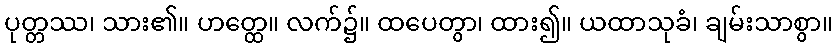
ပုတ္တဿ၊ သား၏။ ဟတ္ထေ။ လက်၌။ ထပေတွာ၊ ထား၍။ ယထာသုခံ၊ ချမ်းသာစွာ။